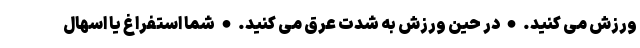
ورزش می کنید. • در حین ورزش به شدت عرق می کنید. • شما استفراغ یا اسهال